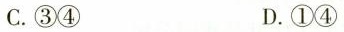
C. ③④ D. ①④